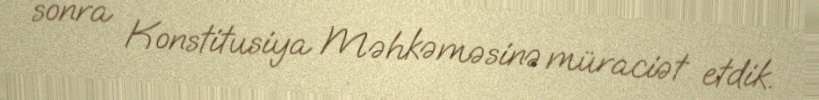
sonra Konstitusiya Məhkəməsinə müraciət etdik.